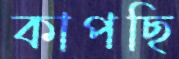
কাপছি